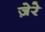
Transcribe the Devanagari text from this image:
ज़ेरे